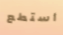
أستطع